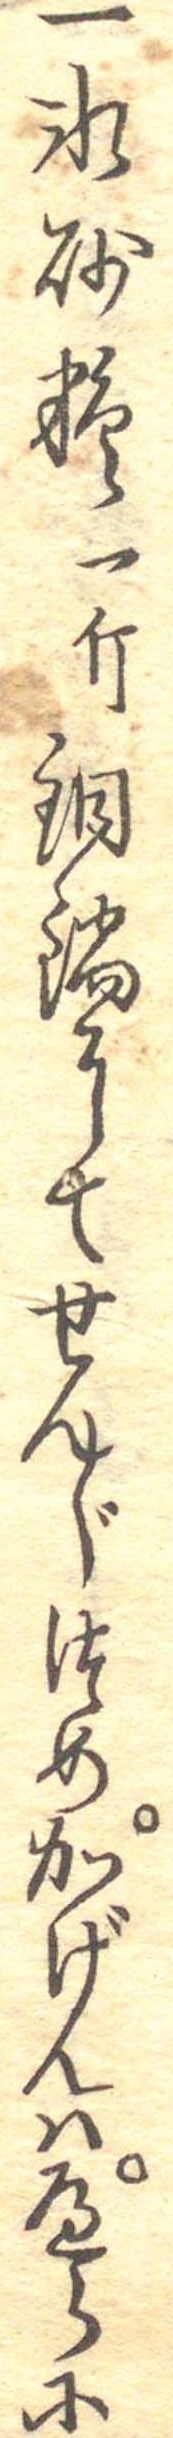
一氷砂糖一斤銅鍋にてせんじつめかげんはへらに